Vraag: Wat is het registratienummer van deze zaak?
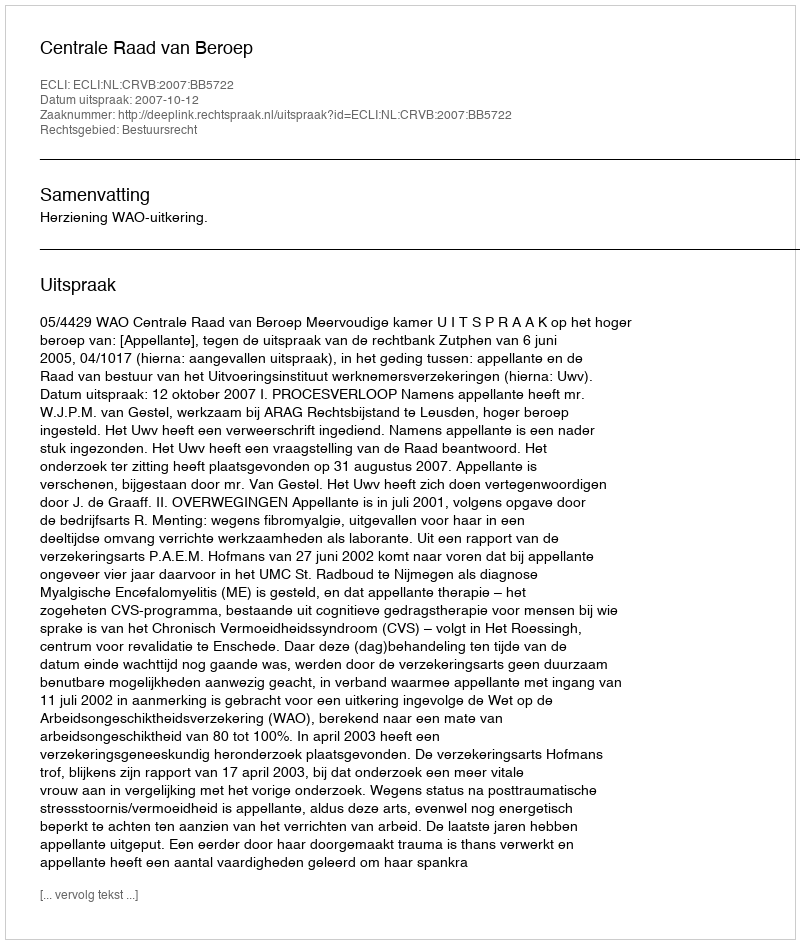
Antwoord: http://deeplink.rechtspraak.nl/uitspraak?id=ECLI:NL:CRVB:2007:BB5722